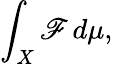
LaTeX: \int_{X}\mathscr{F}\, d\mu,